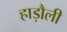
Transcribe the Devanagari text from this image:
हाड़ौली